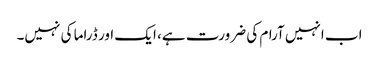
اب انہیں آرام کی ضرورت ہے، ایک اور ڈراما کی نہیں۔